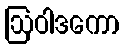
ဩဝါဒကော